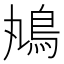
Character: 𩾞